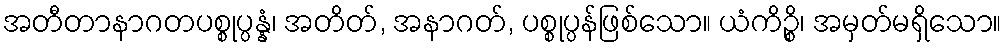
အတီတာနာဂတပစ္စုပ္ပန္နံ၊ အတိတ်, အနာဂတ်, ပစ္စုပ္ပန်ဖြစ်သော။ ယံကိဉ္စိ၊ အမှတ်မရှိသော။